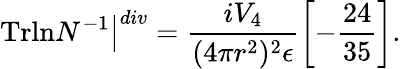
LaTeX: \left.\mathrm{Trln}N^{-1}\right\vert^{div}=\frac{iV_{4}}{(4\pi r^{2})^{2}\epsilon}\left[-\frac{24}{35}\right].